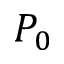
P _ { 0 }